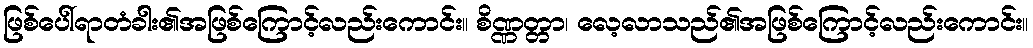
ဖြစ်ပေါ်ရာတံခါး၏အဖြစ်ကြောင့်လည်းကောင်း။ စိဏ္ဏတ္တာ၊ လေ့လာသည်၏အဖြစ်ကြောင့်လည်းကောင်း။